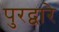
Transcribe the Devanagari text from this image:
पुरद्वारे